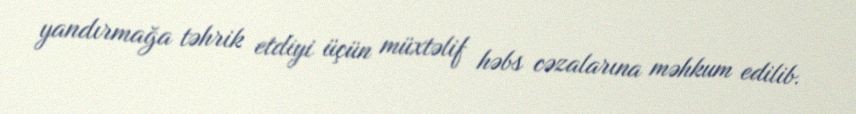
yandırmağa təhrik etdiyi üçün müxtəlif həbs cəzalarına məhkum edilib.